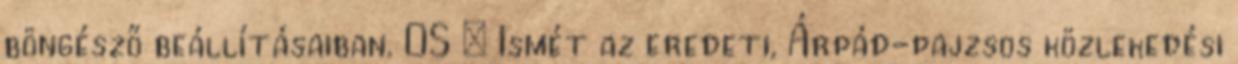
böngésző beállításaiban. OS – Ismét az eredeti, Árpád-pajzsos közlekedési